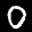
Label: 0